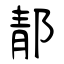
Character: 郬